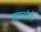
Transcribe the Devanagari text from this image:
ब्रह्मचारिणौ।